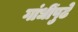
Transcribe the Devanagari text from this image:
गांधींपुढे